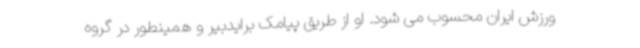
ورزش ایران محسوب می شود. او از طریق پیامک برایدبیر و همینطور در گروه